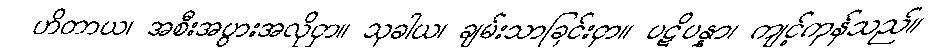
ဟိတာယ၊ အစီးအပွားအလိုငှာ။ သုခါယ၊ ချမ်းသာခြင်းငှာ။ ပဋိပန္နာ၊ ကျင့်ကုန်သည်။